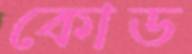
কোড